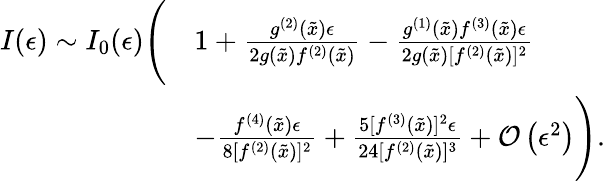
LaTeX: \begin{array}{rl}{I(\epsilon)\sim I_{0}(\epsilon)\Bigg(}&{1+\frac{g^{(2)}(\tilde{x})\epsilon}{2g(\tilde{x})f^{(2)}(\tilde{x})}-\frac{g^{(1)}(\tilde{x})f^{(3)}(\tilde{x})\epsilon}{2g(\tilde{x})[f^{(2)}(\tilde{x})]^{2}}}\\ &{-\frac{f^{(4)}(\tilde{x})\epsilon}{8[f^{(2)}(\tilde{x})]^{2}}+\frac{5[f^{(3)}(\tilde{x})]^{2}\epsilon}{24[f^{(2)}(\tilde{x})]^{3}}+\mathcal{O}\left(\epsilon^{2}\right)\Bigg).}\end{array}